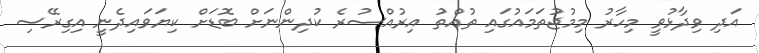
އަދި ވިދާޅުވީ މިހާރު މިމުޖުތަމައުގައި ތުއްތު އިރުއްސުރެ ކުދިންނަށް ބޮޑަށް ކިޔަވައިދެނީ އިގިރޭސި